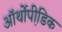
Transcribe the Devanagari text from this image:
ऑर्थोपी़डिक